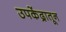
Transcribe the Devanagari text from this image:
उपकेंद्रातून